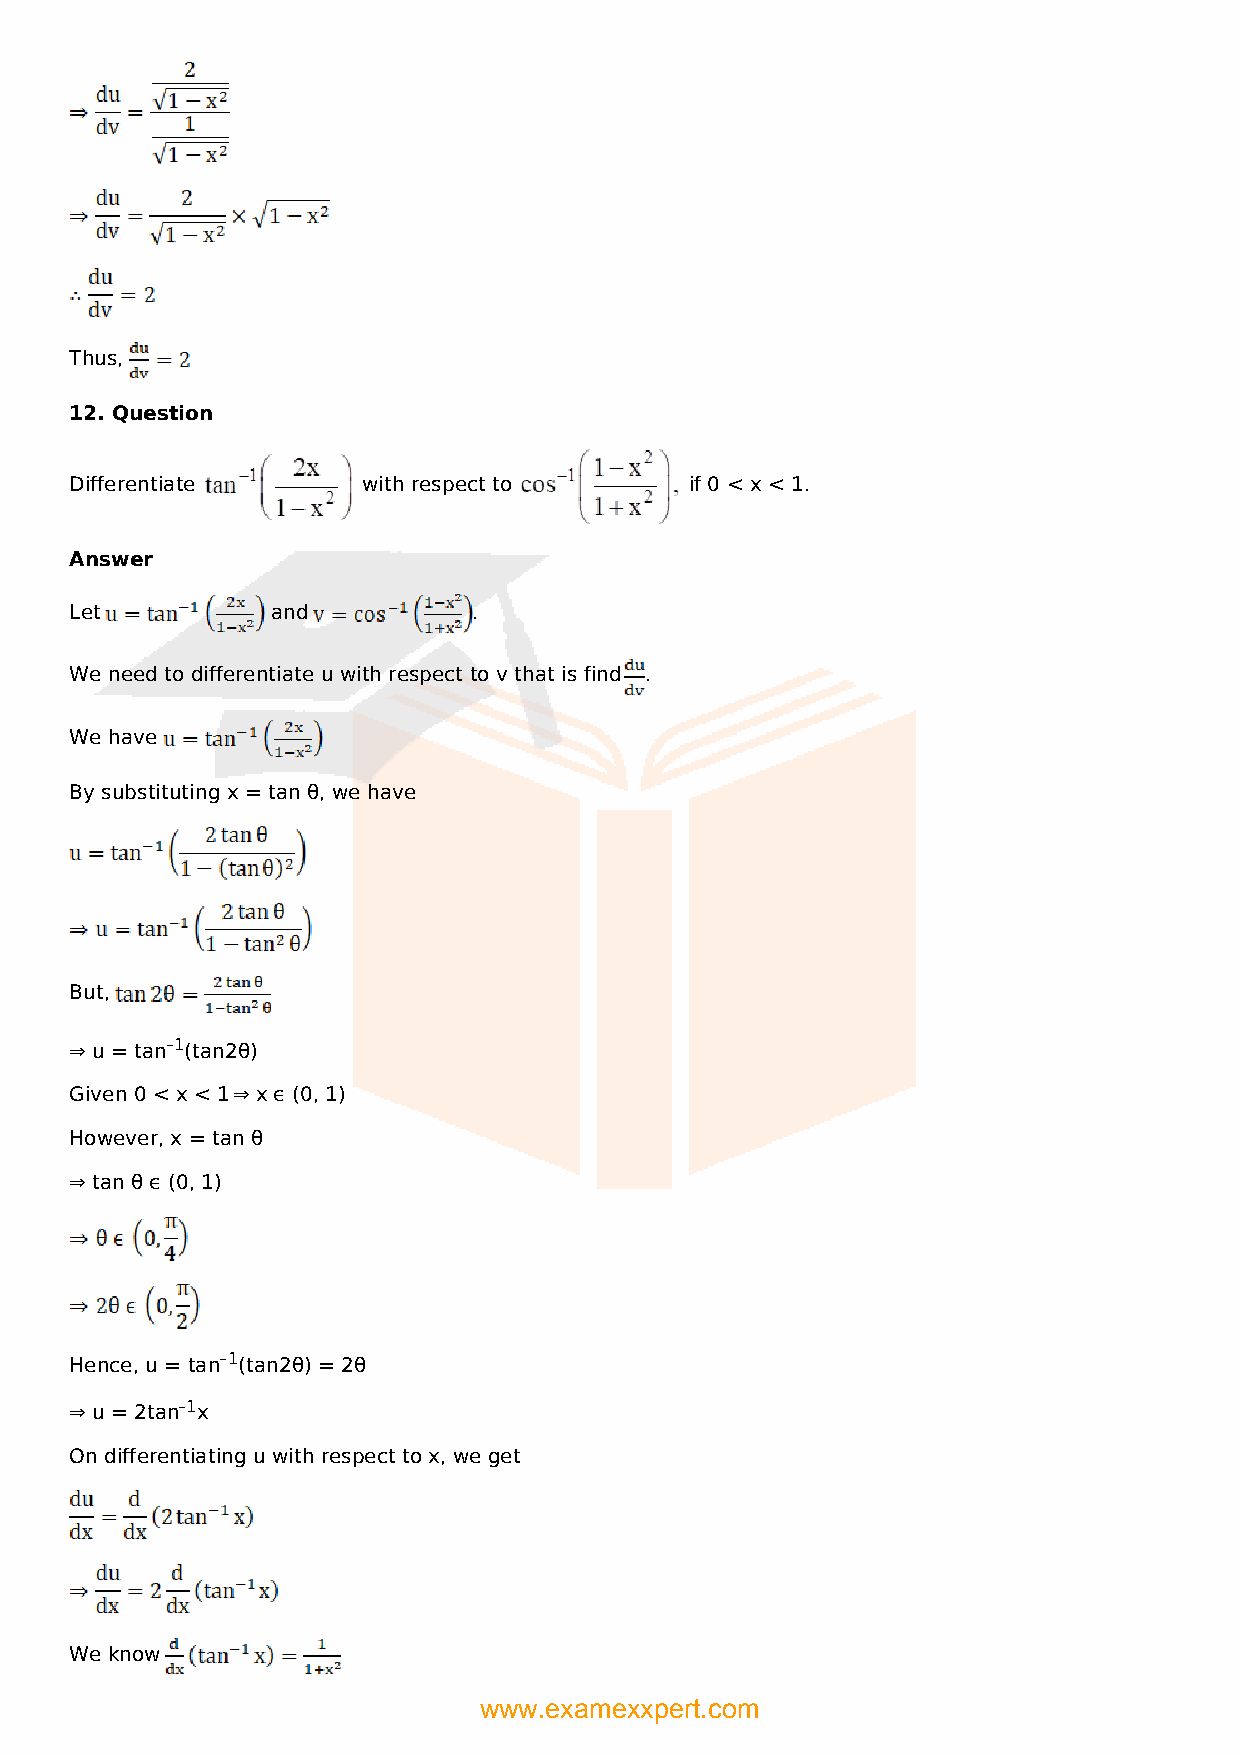
Thus,
 12. Question
 Differentiate      with respect to       if 0 < x < 1.
 Answer
 Let          and          .
 We need to differentiate u with respect to v that is find .
 We have
 By substituting x = tan θ, we have
 But,
 ⇒ u = tan–1(tan2θ)
 Given 0 < x < 1 ⇒ x ϵ (0, 1)
 However, x = tan θ
 ⇒ tan θ ϵ (0, 1)
 Hence, u = tan–1(tan2θ) = 2θ
 ⇒ u = 2tan–1x
 On differentiating u with respect to x, we get
 We know
 www.examexxpert.com